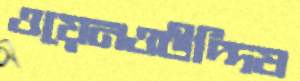
ওয়েনওউদ্দিষ